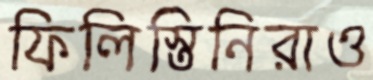
ফিলিস্তিনিরাও